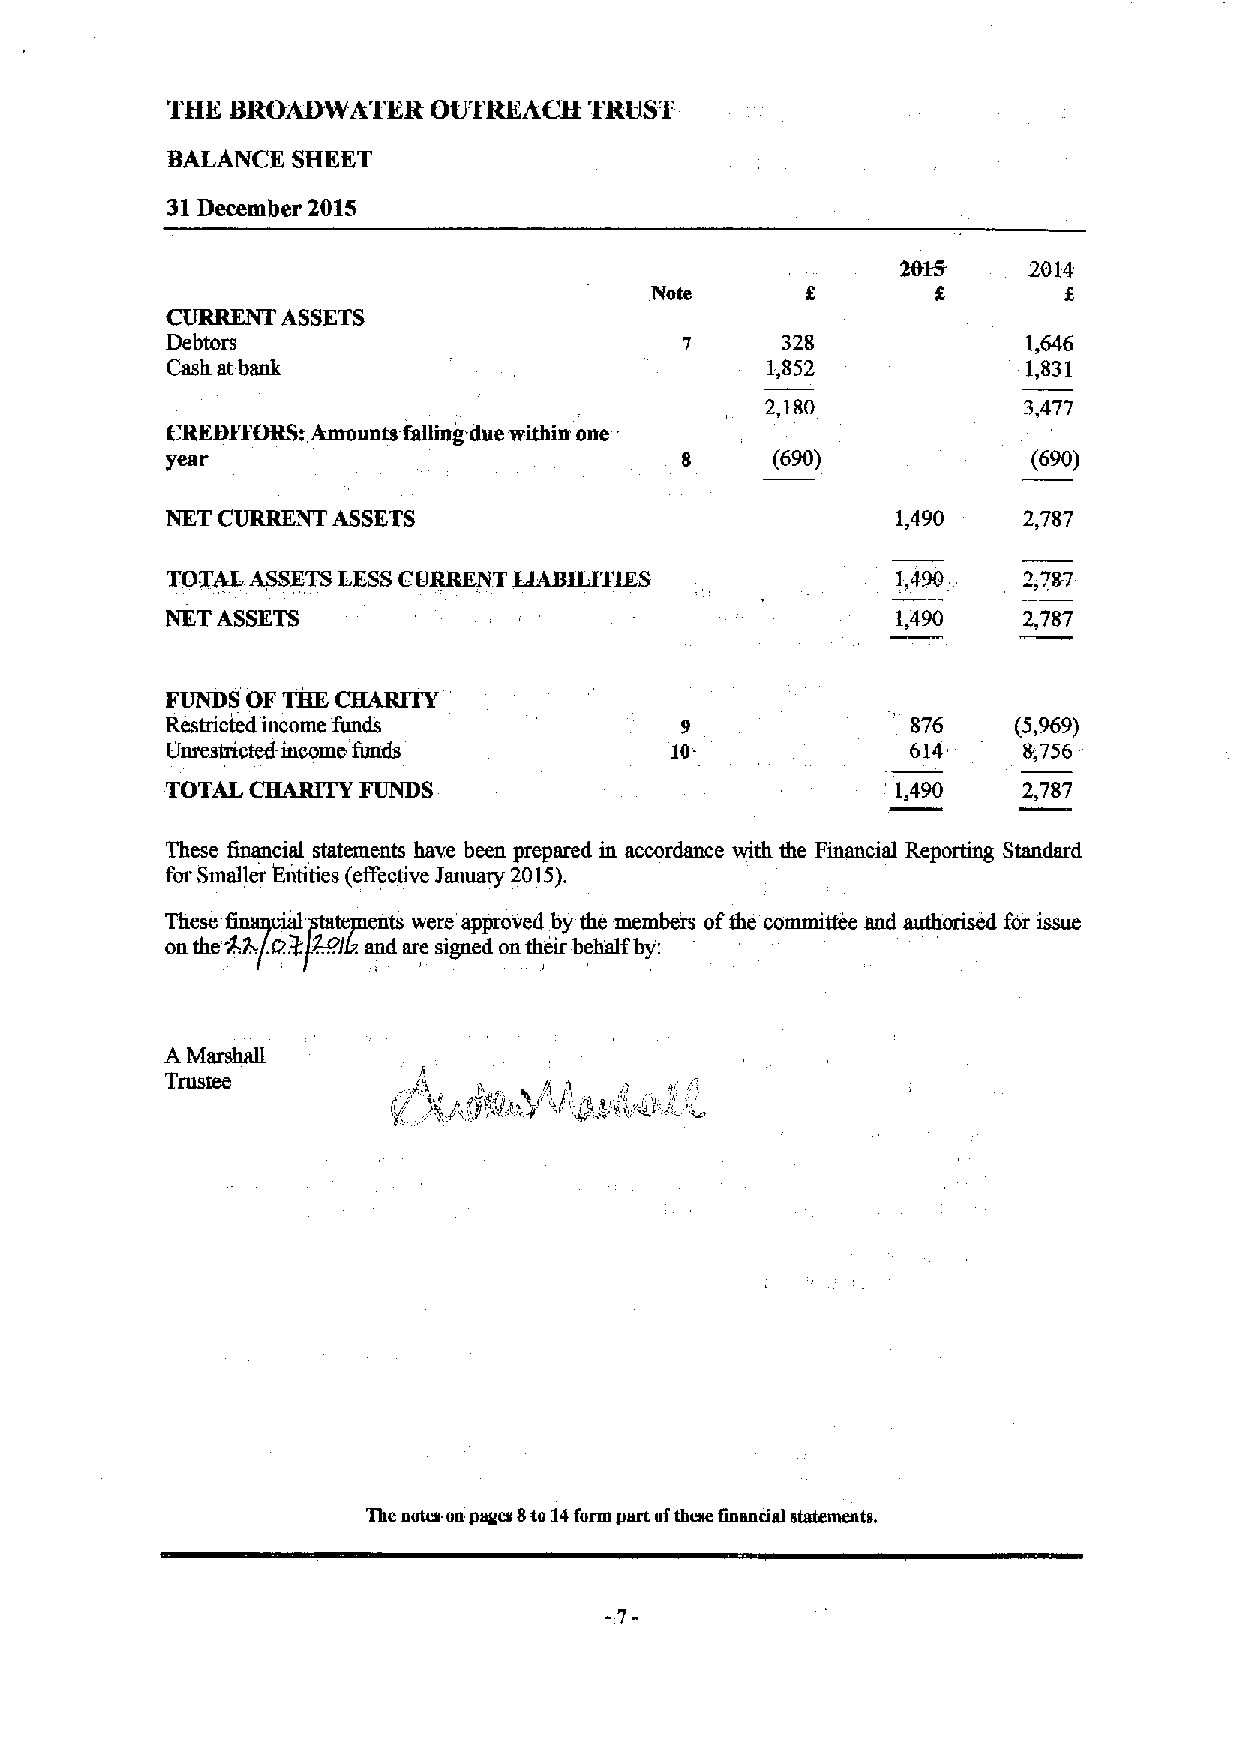
THK BROAIIWATKR   OUTRKACB  TRUST
 BALANCE SHKKT
 31December 2015
 Note
 CURRENT ASSETS
 Debtors                                  328             1,646
 Cash at bank                            1,852            1,831
 2,180            3,477
 CREDFfORSt Amounts fallmg. due within one
 year                                    (690)            (690)
 NET CURRENT ASSETS                              1,490    2,787
 TOTAL ASSETSLESSCURRENT ILABILITIKS             1,490    2,787
 NET ASSETS                                      1,490    2,787
 FUNDS OF THE CHARITY
 Restricted income funds           9              876    (5,969)
 'Unrestricted-income fimds       JO.             614     8,756
 TOTAL CHARITY FUNDS                             1~,490   2,787
 ~
 These Gnancial statements have been prepared in accordance with the Financial Reporting Standard
 for Smaller Entities (effective January 2015).
 These           were approved by the members ofthe committee and for issue
 on the 42. 127 4-Pl .and are signed on their behalf by':
 /.
 A Marshall
 Trustee
 The notes.on yaaes 8to 14Corm yart ofthese fmaneiat statements.